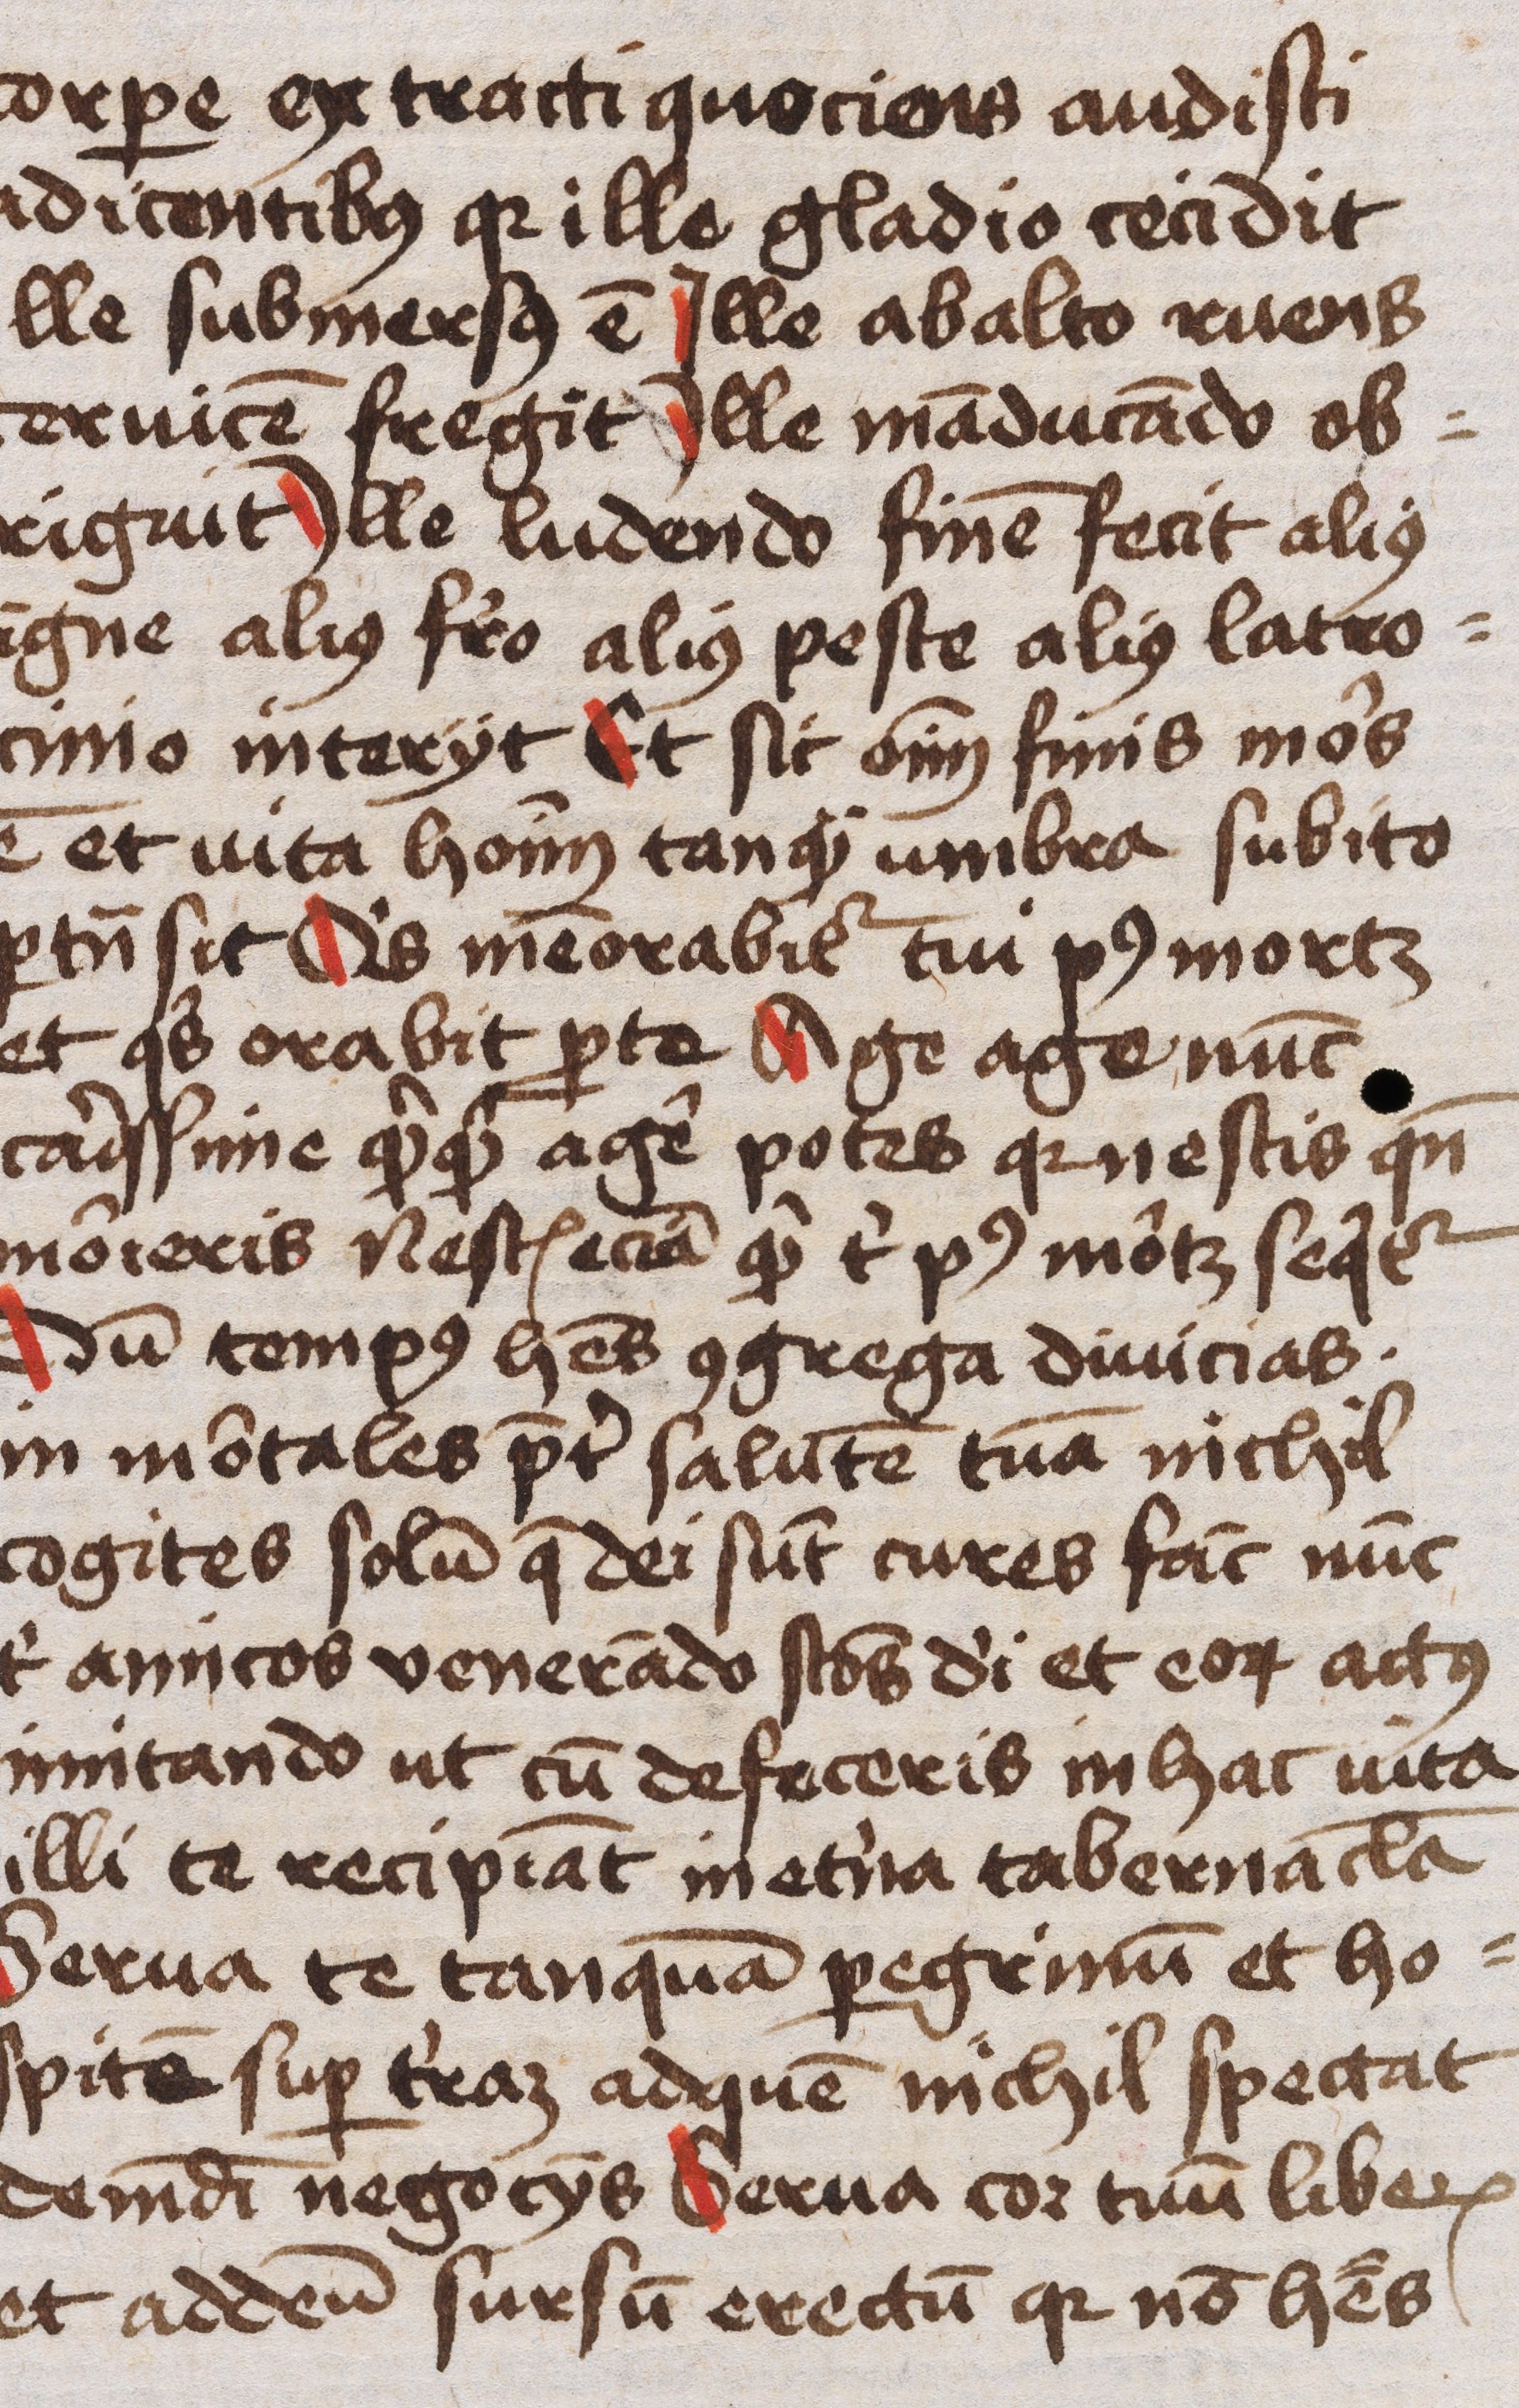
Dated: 1445–1455